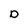
Character: D